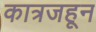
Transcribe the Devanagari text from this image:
कात्रजहून